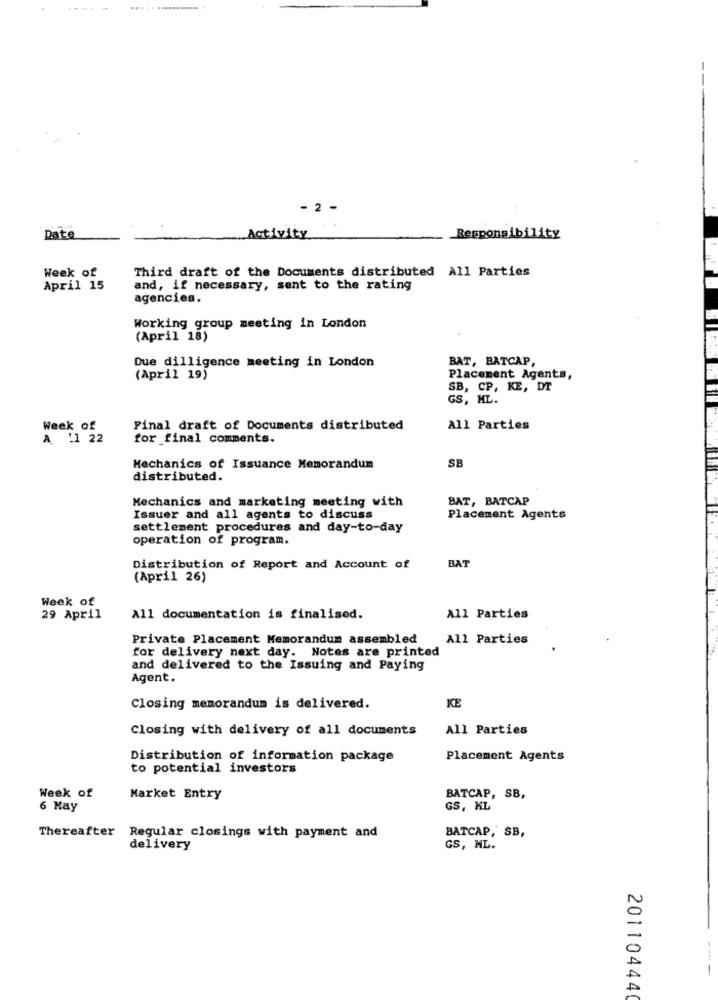
- 2 -
Date
Activity
Responsibility
Third draft of the Documents distributed All Parties
Week of
April 15
and, if necessary, sent to the rating
agencies.
Working group meeting in London
(April 18)
Due dilligence meeting in London
BAT, BATCAP,
(April 19)
Placement Agents,
SB, CP, KE, DT
GS, ML.
Week of
Final draft of Documents distributed
All Parties
A :1 22
for final comments.
SB
Mechanics of Issuance Memorandum
distributed.
Mechanics and marketing meeting with
BAT, BATCAP
Issuer and all agents to discuss
Placement Agents
settlement procedures and day-to-day
operation of program.
Distribution of Report and Account of
BAT
(April 26)
Week of
29 April
All documentation is finalised.
All Parties
Private Placement Memorandum assembled
All Parties
for delivery next day. Notes are printed
and delivered to the Issuing and Paying
Agent.
KE
Closing memorandum is delivered.
Closing with delivery of all documents
All Parties
Distribution of information package
Placement Agents
to potential investors
Week of
Market Entry
BATCAP, SB,
6 May
GS, KL
BATCAP, SB,
Thereafter Regular closings with payment and
delivery
GS, NL.
A
A
20110444